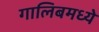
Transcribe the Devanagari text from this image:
गालिबमध्ये